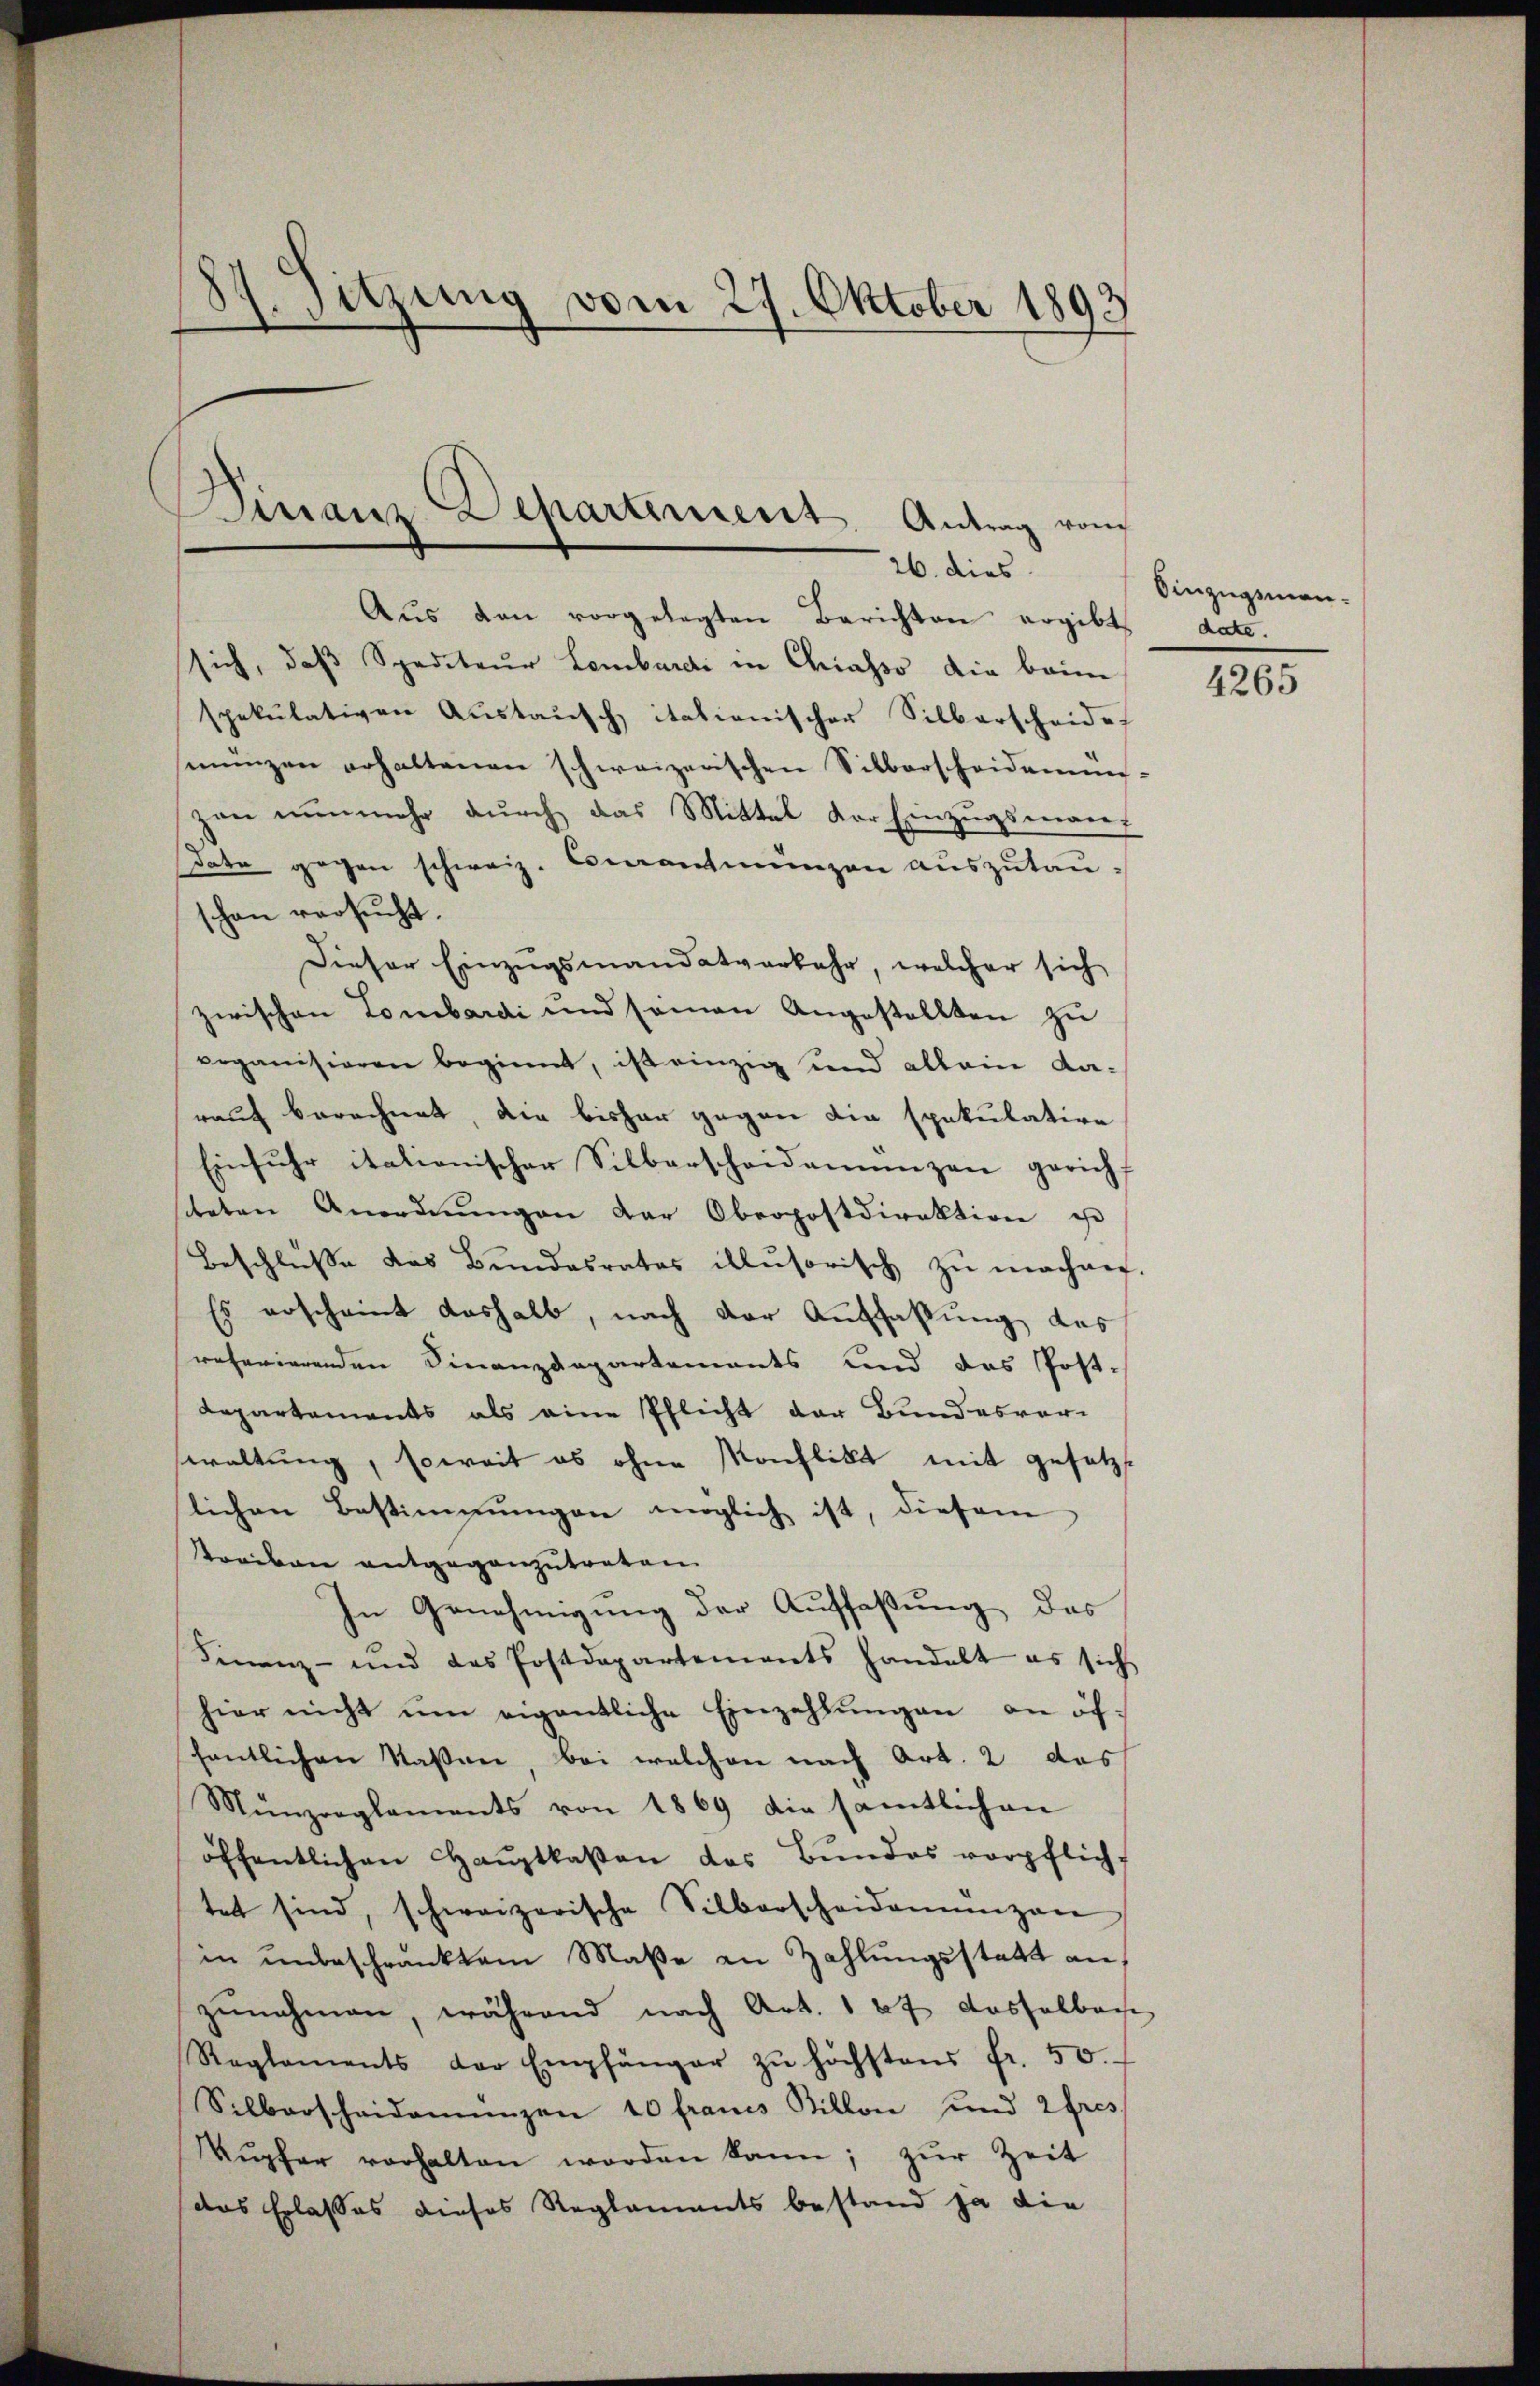
87. Sitzung vom 27. Oktober 1893

Finanz-Departiment. Antrag vom
26. dies

Aŭs den vorgelegten Berichten ergibt date.
sich, daß Spediteur Lombardi in Chiasso die beim
spekulativen Aŭstaŭsch italienischer Silberscheide
münzen erhaltenen schweizerischen Silberscheidemm-
zan nunmehr durch das Mittel der Einzugsman
dato gegen schweiz. Ceaantmünzen auszutau-
schon versucht.
Dieser Einzugsmandatverkehr, welcher sich
zwischen Lombardi und seinen Angestellten zu
rrganisieren beginnt, ist einzig und allein da-
rauf berechnet, die bisher gegen die spekulative
Einfuhr italienischer Silberscheidemünzen gericht
siteten Anordnŭngen der Oberpostdirektion ist
Beschlŭsse das Bundesrates illusorisch zŭ machen.
Es erscheint deshalb, nach der Auffaßung das
referierenden Finanzdepartements und das Post-
Lepartements als eine Pflicht der Bundesver-
waltung, soweit es ohne Konflikt mit gesetzlichen Bestimmungen möglich ist, diesem
Streiben entgegenzutreten.
In Genehmigung der Auffaßung des
Finanz- und des Postdepartements handelt es sich
hier nicht ŭm eigentliche Einzahlŭngen an öffentlichen Nasen, bei welchen nach Art. 2 das
Münzreglements von 1869 die sämtlichen
öffentlichen Haŭptkassen das Bundes verpflich
tet sind, schweizerische Silbarscheidemünzen
in unbeschränktem Maße an Zahlungsstatt auf
zunahmen, während nach Art. 167 dasfelbar
Reglements der Empfänger zŭ höchstens fr. 50.
Silbarscheidemünzen 10 francs Billon und 2 fres
Mŭpfer vorhalten worden kann; zŭr Zeit
das Erlasses dieses Reglements bestand ja die

Einzugsman¬

4265